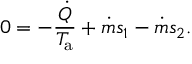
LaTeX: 0 = - { \frac { \dot { Q } } { T _ { \mathrm { a } } } } + { \dot { m } } s _ { 1 } - { \dot { m } } s _ { 2 } .